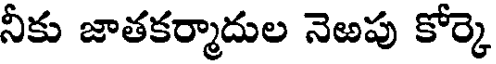
నీకు జాతకర్మాదుల నెఱపు కోర్కె